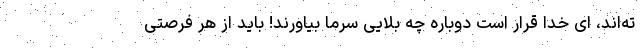
ته‌اند، ای خدا قرار است دوباره چه بلایی سرما بیاورند! باید از هر فرصتی